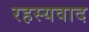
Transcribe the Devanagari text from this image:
रहस्‍यवाद